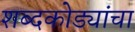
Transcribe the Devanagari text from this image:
शब्दकोड्यांचा